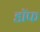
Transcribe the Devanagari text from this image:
डॉफ